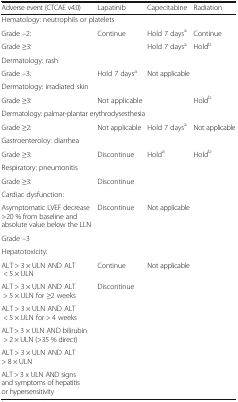
<table><thead><tr><td><b>Adverse event (CTCAE v4.0)</b></td><td><b>Lapatinib</b></td><td><b>Capecitabine</b></td><td><b>Radiation</b></td></tr></thead><tbody><tr><td colspan="4">Hematology: neutrophils or platelets</td></tr><tr><td>Grade –2:</td><td rowspan="2">Continue</td><td>Hold 7 days<sup>a</sup></td><td>Continue</td></tr><tr><td>Grade ≥3:</td><td>Hold 7 days<sup>a</sup></td><td>Hold<sup>b</sup></td></tr><tr><td colspan="4">Dermatology: rash</td></tr><tr><td>Grade –3:</td><td>Hold 7 days<sup>a</sup></td><td colspan="2">Not applicable</td></tr><tr><td colspan="4">Dermatology: irradiated skin</td></tr><tr><td>Grade ≥3:</td><td colspan="2">Not applicable</td><td>Hold<sup>b</sup></td></tr><tr><td colspan="4">Dermatology: palmar-plantar erythrodysesthesia</td></tr><tr><td>Grade ≥2:</td><td>Not applicable</td><td>Hold 7 days<sup>a</sup></td><td>Not applicable</td></tr><tr><td colspan="4">Gastroenteroloy: diarrhea</td></tr><tr><td>Grade ≥3:</td><td>Discontinue</td><td>Hold<sup>a</sup></td><td>Hold<sup>b</sup></td></tr><tr><td colspan="4">Respiratory: pneumonitis</td></tr><tr><td>Grade ≥3:</td><td>Discontinue</td><td colspan="2"></td></tr><tr><td colspan="4">Cardiac dysfunction:</td></tr><tr><td>Asymptomatic LVEF decrease &gt;20 % from baseline and absolute value below the LLN</td><td rowspan="2">Discontinue</td><td rowspan="2" colspan="2">Not applicable</td></tr><tr><td>Grade –3</td></tr><tr><td colspan="4">Hepatotoxicity:</td></tr><tr><td>ALT &gt; 3 × ULN AND ALT &lt; 5 × ULN</td><td>Continue</td><td rowspan="6" colspan="2">Not applicable</td></tr><tr><td>ALT &gt; 3 × ULN AND ALT &gt; 5 × ULN for ≥2 weeks</td><td rowspan="5">Discontinue</td></tr><tr><td>ALT &gt; 3 × ULN AND ALT &lt; 5 × ULN for &gt; 4 weeks</td></tr><tr><td>ALT &gt; 3 × ULN AND bilirubin &gt; 2 × ULN (&gt;35 % direct)</td></tr><tr><td>ALT &gt; 3 × ULN AND ALT &gt; 8 × ULN</td></tr><tr><td>ALT &gt; 3 x ULN AND signs and symptoms of hepatitis or hypersensitivity</td></tr></tbody></table>